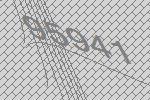
95941